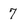
Character: 7